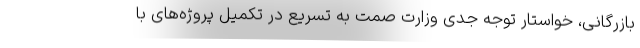
بازرگانی، خواستار توجه جدی وزارت صمت به تسریع در تکمیل پروژه‌های با